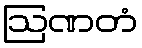
ဩဏတံ